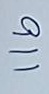
911